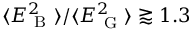
\langle E _ { \mathrm { ~ B ~ } } ^ { 2 } \rangle / \langle E _ { \mathrm { ~ G ~ } } ^ { 2 } \rangle \gtrapprox 1 . 3